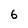
Character: 6